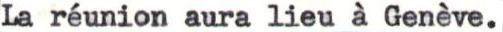
La réunion aura lieu à Genève.